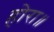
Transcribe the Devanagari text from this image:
होरा॥